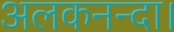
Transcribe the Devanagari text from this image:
अलकनन्दा।